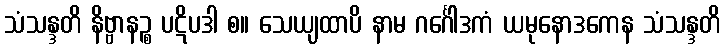
သံသန္ဒတိ နိဗ္ဗာနဉ္စ ပဋိပဒါ စ။ သေယျထာပိ နာမ ဂင်္ဂေါဒကံ ယမုနောဒကေန သံသန္ဒတိ